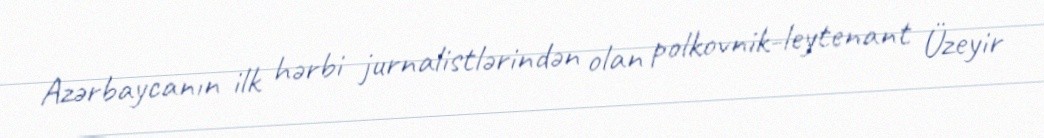
Azərbaycanın ilk hərbi jurnalistlərindən olan polkovnik-leytenant Üzeyir